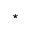
\star